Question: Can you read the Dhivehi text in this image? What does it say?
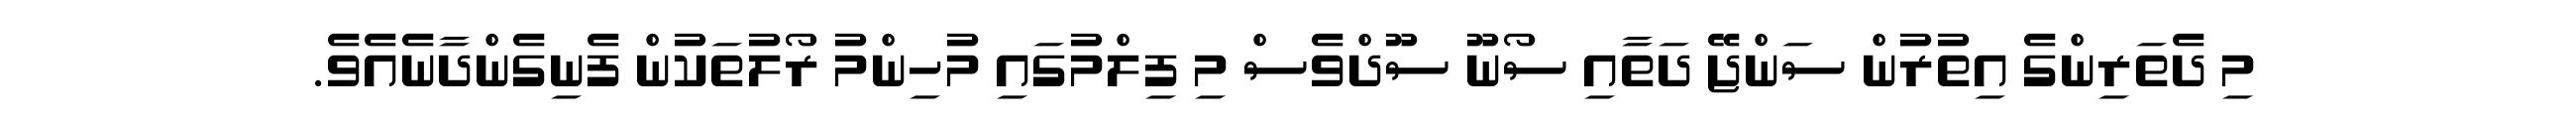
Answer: މި ދެތަރިންގެ އިތުރުން ސަންޖޭ ދަތާއި ސޯނޫ ސޫދްވެސް މި ފިލްމުގައި މުހިންމު ރޯލުތަކުން ފެނިގެންދާނެއެވެ.